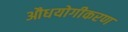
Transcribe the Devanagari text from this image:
औधयोगीकरण